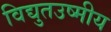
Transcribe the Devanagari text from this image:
विद्युतउष्मीय